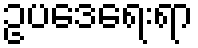
ဥပဒေရေးရာ